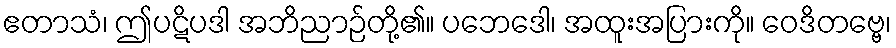
ဧတာသံ၊ ဤပဋိပဒါ အဘိညာဉ်တို့၏။ ပဘေဒေါ၊ အထူးအပြားကို။ ဝေဒိတဗ္ဗေ၊